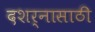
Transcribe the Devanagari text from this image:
दशर्नासाठी